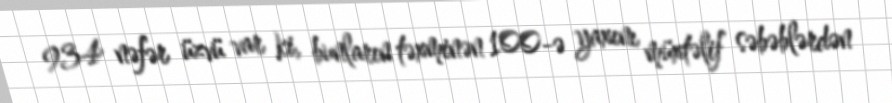
934 nəfər üzvü var ki, bunların təxminən 100-ə yaxını müxtəlif səbəblərdən